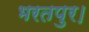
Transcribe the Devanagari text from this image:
भरतपुर।